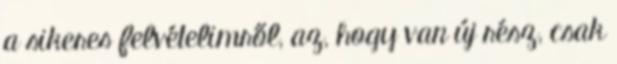
a sikeres felvételimről, az, hogy van új rész, csak